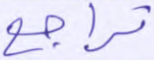
تراجع